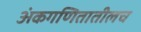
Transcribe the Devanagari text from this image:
अंकगणितातीलच